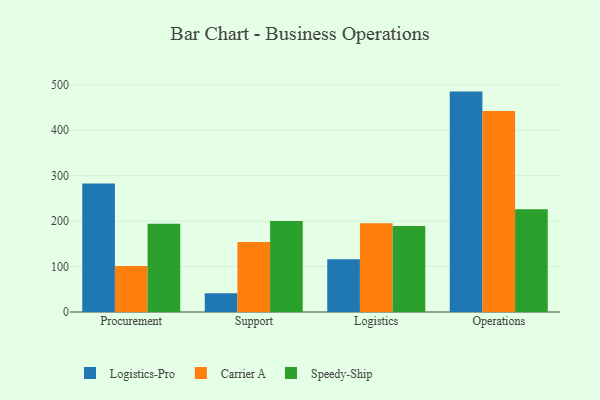
{"axis": {"x": "Department", "y": "Humidity (%)"}, "legend": ["Carrier A", "Logistics-Pro", "Speedy-Ship"], "data": [{"x": "Procurement", "y": 283.1, "type": "Logistics-Pro"}, {"x": "Procurement", "y": 101.5, "type": "Carrier A"}, {"x": "Procurement", "y": 194.4, "type": "Speedy-Ship"}, {"x": "Support", "y": 41.3, "type": "Logistics-Pro"}, {"x": "Support", "y": 154.1, "type": "Carrier A"}, {"x": "Support", "y": 200.1, "type": "Speedy-Ship"}, {"x": "Logistics", "y": 116.0, "type": "Logistics-Pro"}, {"x": "Logistics", "y": 195.4, "type": "Carrier A"}, {"x": "Logistics", "y": 189.1, "type": "Speedy-Ship"}, {"x": "Operations", "y": 485.1, "type": "Logistics-Pro"}, {"x": "Operations", "y": 442.2, "type": "Carrier A"}, {"x": "Operations", "y": 226.2, "type": "Speedy-Ship"}]}